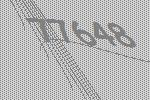
77648